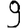
Digit: 9